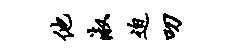
他淑迫叨